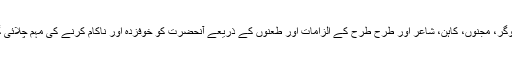
جادوگر، مجنوں، کاہن، شاعر اور طرح طرح کے الزامات اور طعنوں کے ذریعے آنحضرتؐ کو خوفزدہ اور ناکام کرنے کی مہم چلائی گئی۔